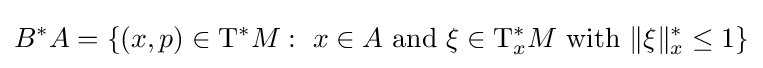
B^{*}A=\{(x,p)\in \mathrm {T} ^{*}M:\ x\in A{\text{ and }}\xi \in \mathrm {T} _{x}^{*}M{\text{ with }}\|\xi \|_{x}^{*}\leq 1\}